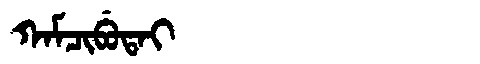
Manchu: ᡴᠠᠮᠴᡳᠪᡠᡨᠠᡳ
Romanization: KAMCIBUTAI